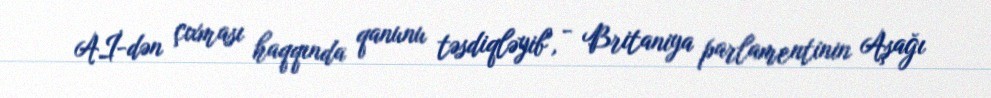
Aİ-dən çıxması haqqında qanunu təsdiqləyib", - Britaniya parlamentinin Aşağı